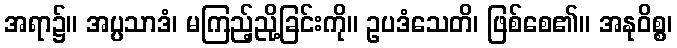
အရာ၌။ အပ္ပသာဒံ၊ မကြည့်ညို့ခြင်းကို။ ဥပဒံသေတိ၊ ဖြစ်စေ၏။ အနုဝိစ္စ၊